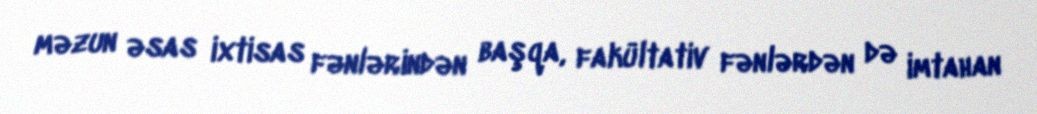
məzun əsas ixtisas fənlərindən başqa, fakültativ fənlərdən də imtahan